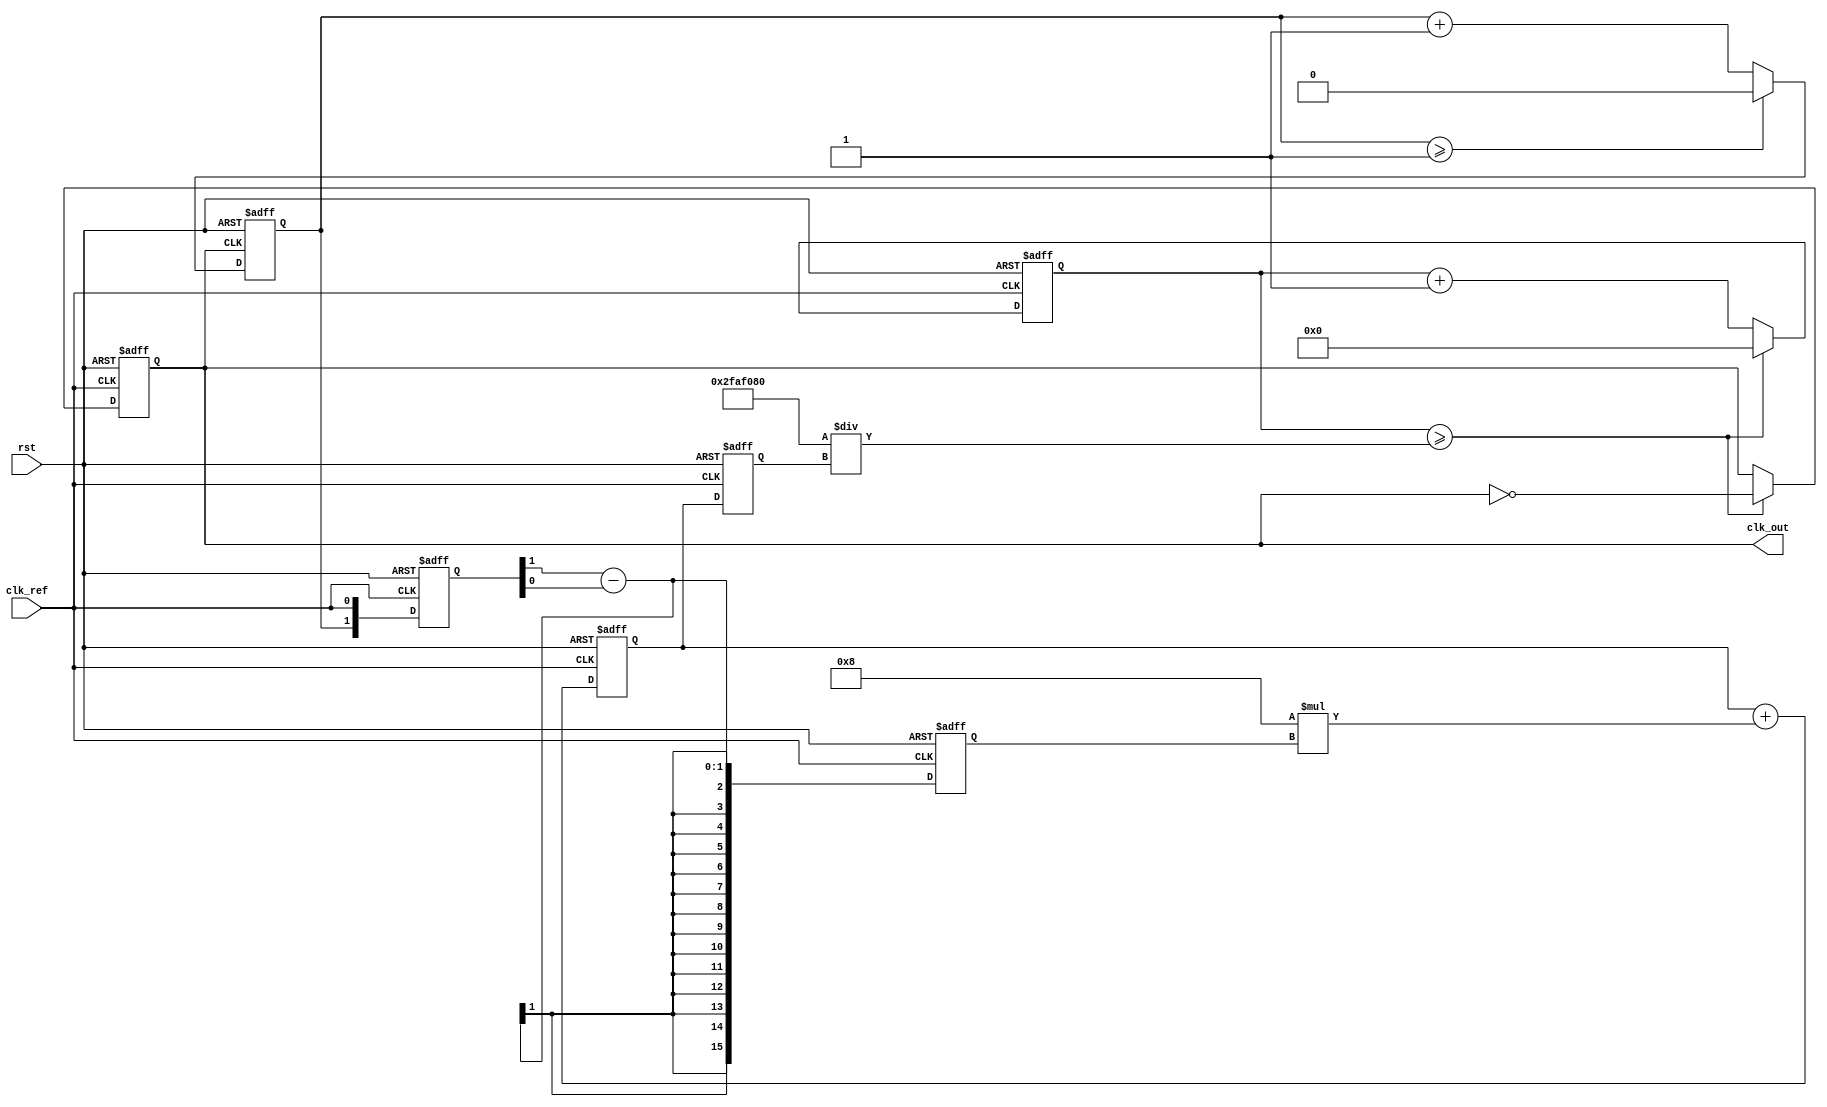
module parameterized_PLL #(
    parameter F_REF = 50_000_000,   // Reference clock frequency (50 MHz)
    parameter F_OUT = 100_000_000,  // Desired output clock frequency (100 MHz)
    parameter DIV_N = 2,             // Division ratio
    parameter LF_GAIN = 8            // Loop filter gain
)(
    input wire clk_ref,              // Reference clock input
    input wire rst,                  // Reset signal
    output reg clk_out               // Output clock
);

    // Phase Detector
    reg [1:0] phase_detector_out;
    reg clk_div;

    always @(posedge clk_ref or posedge rst) begin
        if (rst) begin
            phase_detector_out <= 2'b00;
        end else begin
            phase_detector_out <= {clk_div, clk_ref}; // Simple phase detection
        end
    end

    // Loop Filter (Simple Integrator)
    reg [15:0] error_signal;
    reg [15:0] filtered_signal;

    always @(posedge clk_ref or posedge rst) begin
        if (rst) begin
            error_signal <= 0;
            filtered_signal <= 0;
        end else begin
            error_signal <= phase_detector_out[1] - phase_detector_out[0]; // Calculate phase error
            filtered_signal <= filtered_signal + (LF_GAIN * error_signal); // Integrate error signal
        end
    end

    // Voltage-Controlled Oscillator (VCO)
    reg [15:0] vco_freq;
    reg [31:0] vco_counter;

    always @(posedge clk_ref or posedge rst) begin
        if (rst) begin
            vco_freq <= 0;
            vco_counter <= 0;
            clk_out <= 0;
        end else begin
            vco_freq <= filtered_signal; // Update VCO frequency based on filtered signal
            if (vco_counter >= (F_REF / vco_freq)) begin // Update clock output based on frequency
                clk_out <= ~clk_out;
                vco_counter <= 0;
            end else begin
                vco_counter <= vco_counter + 1;
            end
        end
    end

    // Divider
    always @(posedge clk_out or posedge rst) begin
        if (rst) begin
            clk_div <= 0;
        end else begin
            if (clk_div >= (DIV_N - 1)) begin
                clk_div <= 0;
            end else begin
                clk_div <= clk_div + 1;
            end
        end
    end

endmodule